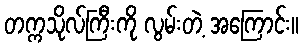
တက္ကသိုလ်ကြီးကို လွမ်းတဲ့ အကြောင်း။